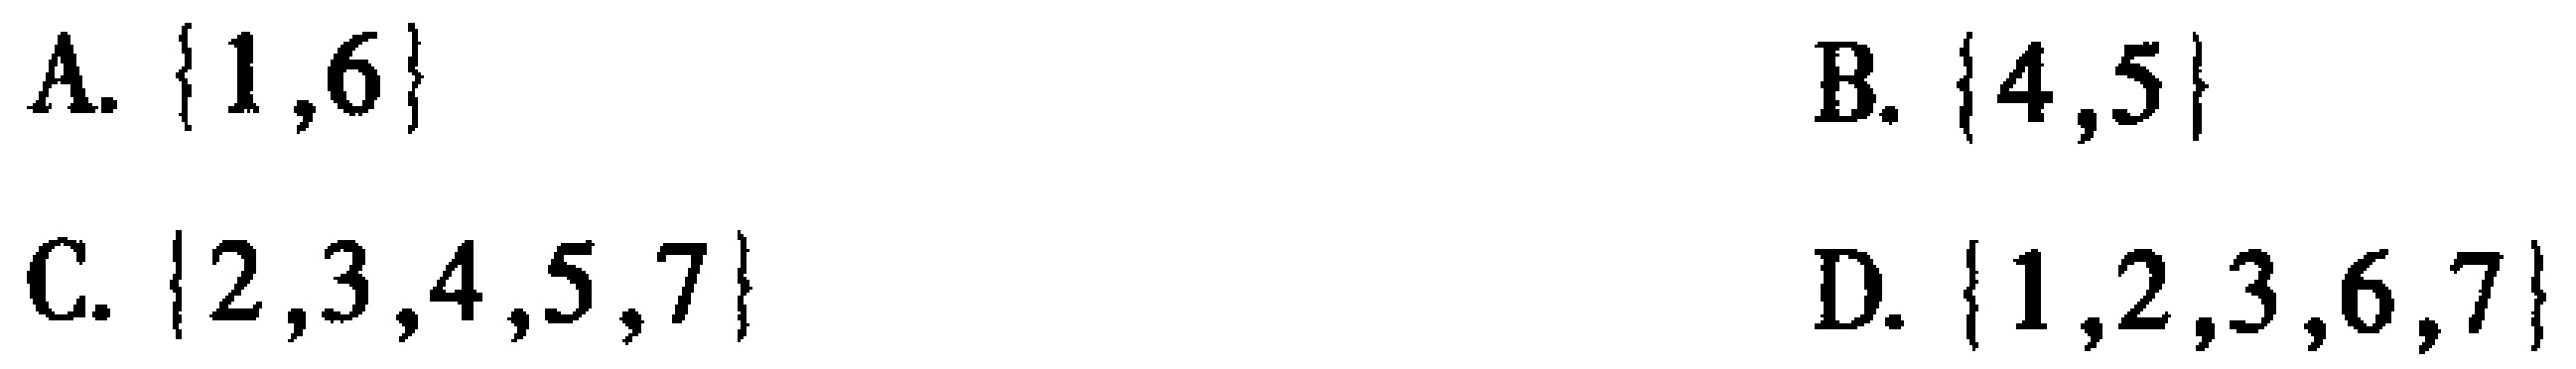
A. $\{1,6\}$
B. $\{4,5\}$
C. $\{2,3,4,5,7\}$
D. $\{1,2,3,6,7\}$